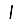
Digit: 1